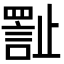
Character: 𪴾